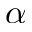
\alpha